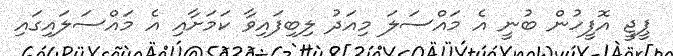
ޕީޖީ އޮފީހުން ބުނީ އެ މައްސަލަ މިއަދު ލިބިފައިވާ ކަމަށާއި އެ މައްސަލައިގައި